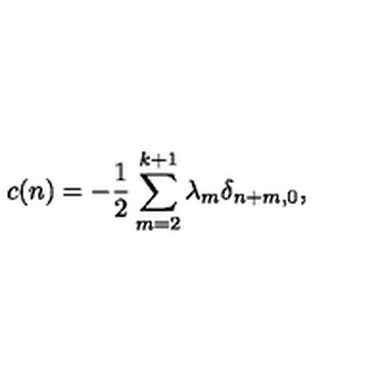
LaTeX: c ( n ) = - { \frac { 1 } { 2 } } \sum _ { m = 2 } ^ { k + 1 } \lambda _ { m } \delta _ { n + m , 0 } ,